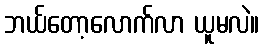
ဘယ်တော့လောက်လာ ယူမလဲ။